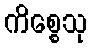
ကိစ္စေသု